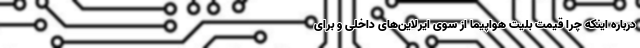
درباره اینکه چرا قیمت بلیت هواپیما از سوی ایرلاین‌های داخلی و برای